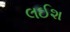
લઈશ